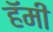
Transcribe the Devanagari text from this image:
हॅमी